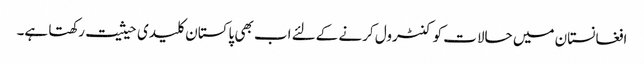
افغانستان میں حالات کو کنٹرول کرنے کےلئے اب بھی پاکستان کلیدی حیثیت رکھتا ہے۔